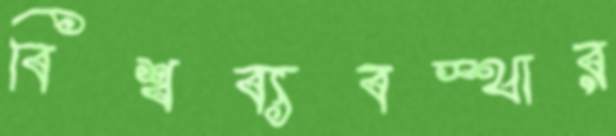
বিশ্বব্যবস্থার